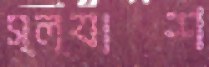
স্ল্যাশ